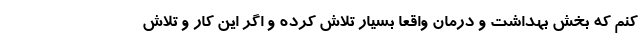
کنم که بخش بهداشت و درمان واقعا بسیار تلاش کرده و اگر این کار و تلاش